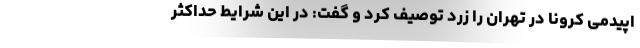
اپیدمی کرونا در تهران را زرد توصیف کرد و گفت: در این شرایط حداکثر